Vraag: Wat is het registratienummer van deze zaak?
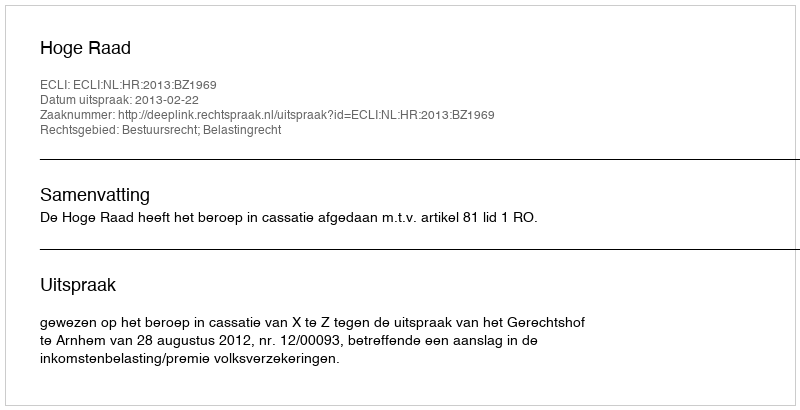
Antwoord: http://deeplink.rechtspraak.nl/uitspraak?id=ECLI:NL:HR:2013:BZ1969